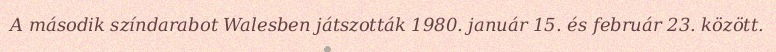
A második színdarabot Walesben játszották 1980. január 15. és február 23. között.